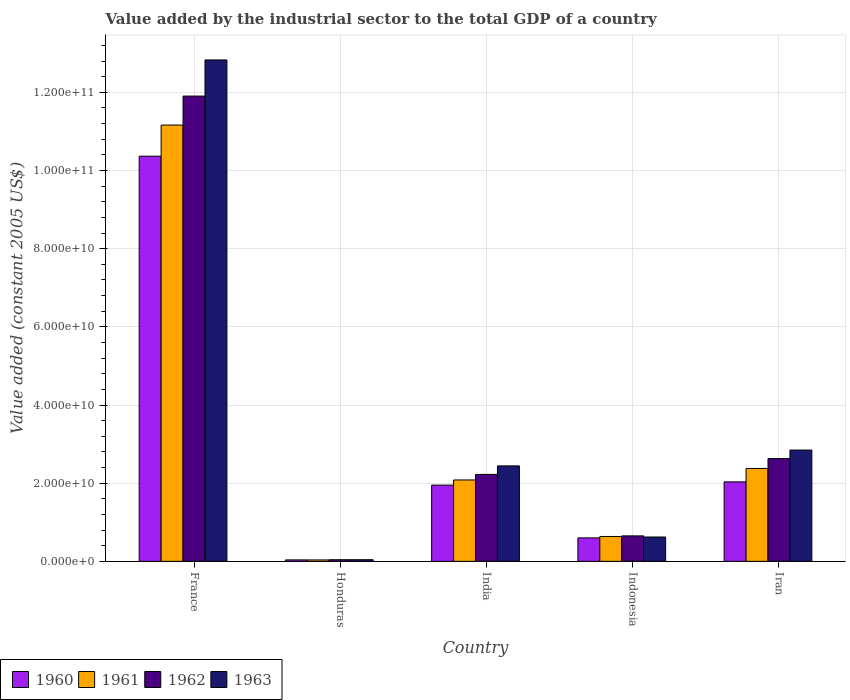
| Country | 1960 | 1961 | 1962 | 1963 |
 | --- | --- | --- | --- | --- |
 | France | 1.04e+11 | 1.12e+11 | 1.19e+11 | 1.28e+11 |
 | Honduras | 3.75e+08 | 3.66e+08 | 4.16e+08 | 4.23e+08 |
 | India | 1.95e+10 | 2.08e+10 | 2.22e+10 | 2.44e+10 |
 | Indonesia | 6.01e+09 | 6.37e+09 | 6.52e+09 | 6.23e+09 |
 | Iran | 2.03e+10 | 2.38e+10 | 2.63e+10 | 2.85e+10 |